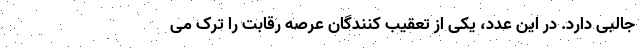
جالبی دارد. در این عدد، یکی از تعقیب کنندگان عرصه رقابت را ترک می